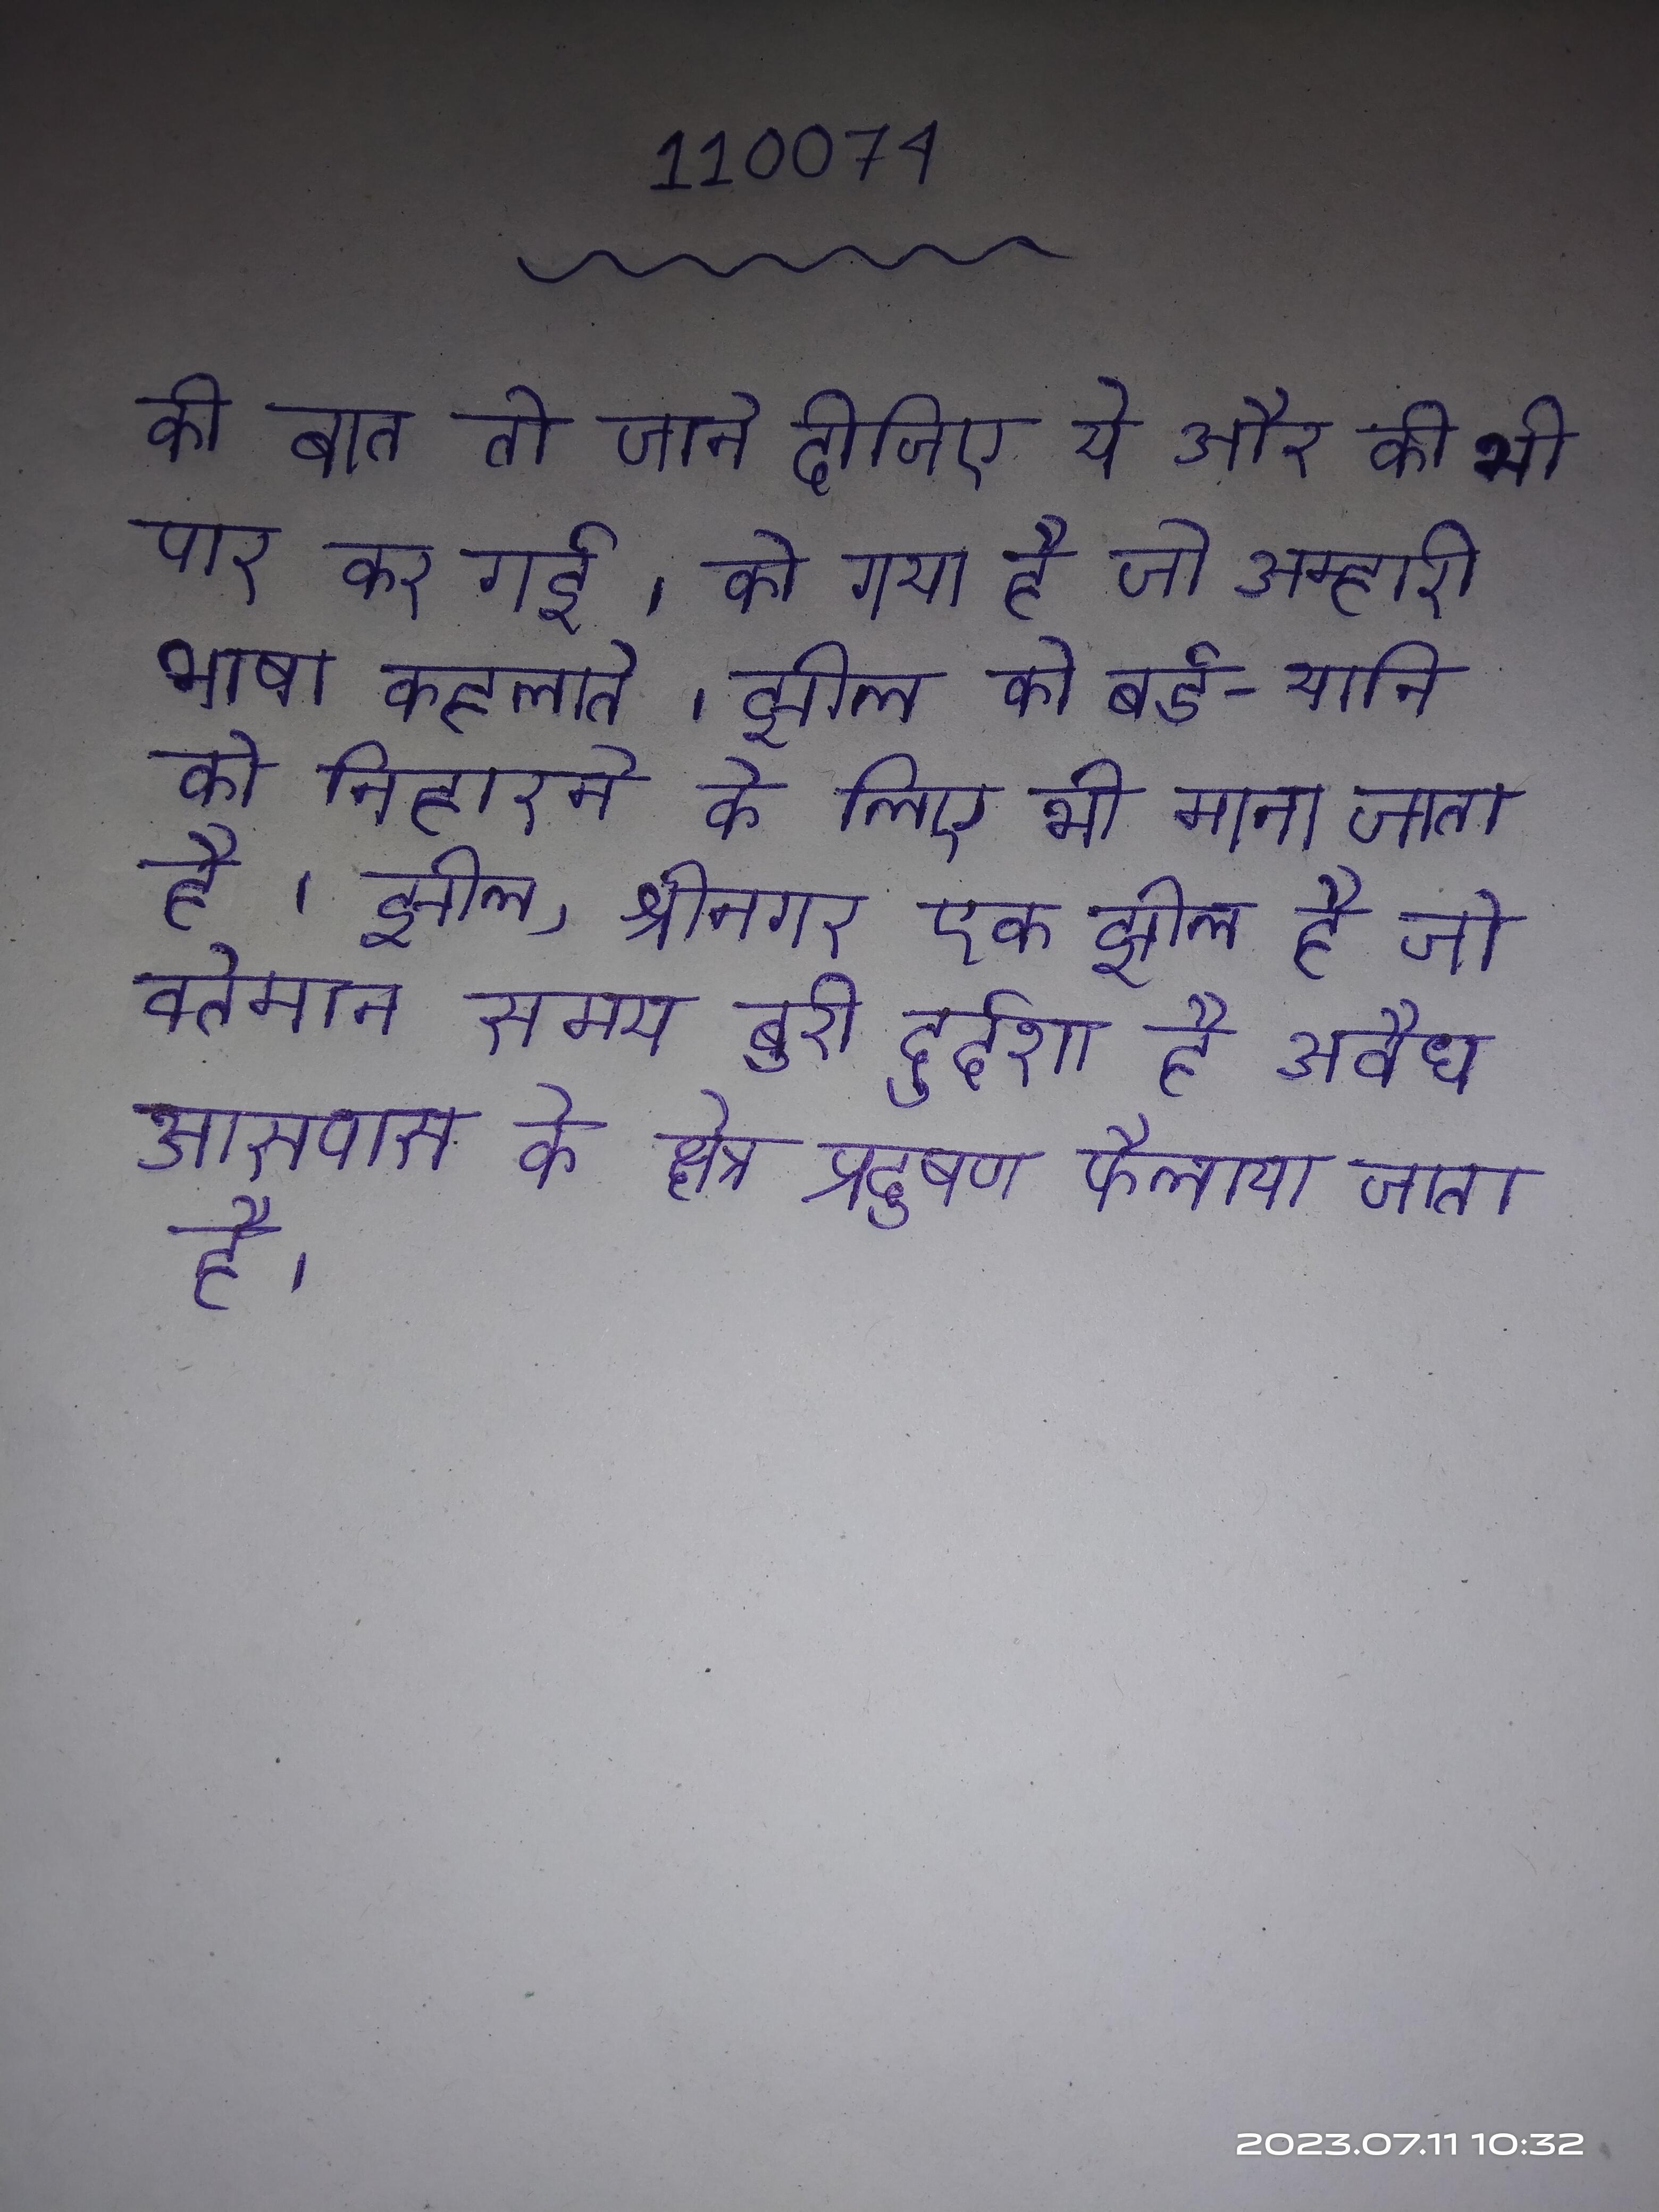
की बात तो जाने दीजिए ये और की भी पार कर गई । को गया है जो अम्हारी भाषा कहलाते । झील को बर्ड - यानि को निहारने के लिए भी माना जाता है । झील, श्रीनगर एक झील है जो वर्तमान समय बुरी दुर्दशा है अवैध निर्माण, अतिक्रमण और आसपास के क्षेत्र प्रदुषण फैलाया जाता है ।